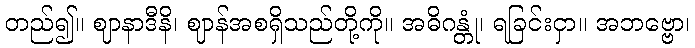
တည်၍။ ဈာနာဒီနိ၊ ဈာန်အစရှိသည်တို့ကို။ အဓိဂန္တုံ၊ ရခြင်းငှာ။ အဘဗ္ဗော၊